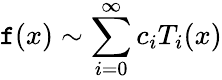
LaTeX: \mathtt{f}(x)\sim\sum_{i=0}^{\infty}c_{i}T_{i}(x)